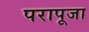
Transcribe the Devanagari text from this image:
परापूजा